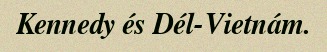
Kennedy és Dél-Vietnám.